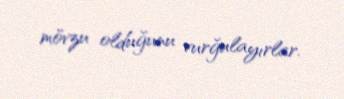
mövzu olduğunu vurğulayırlar.